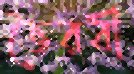
ভৈরবী